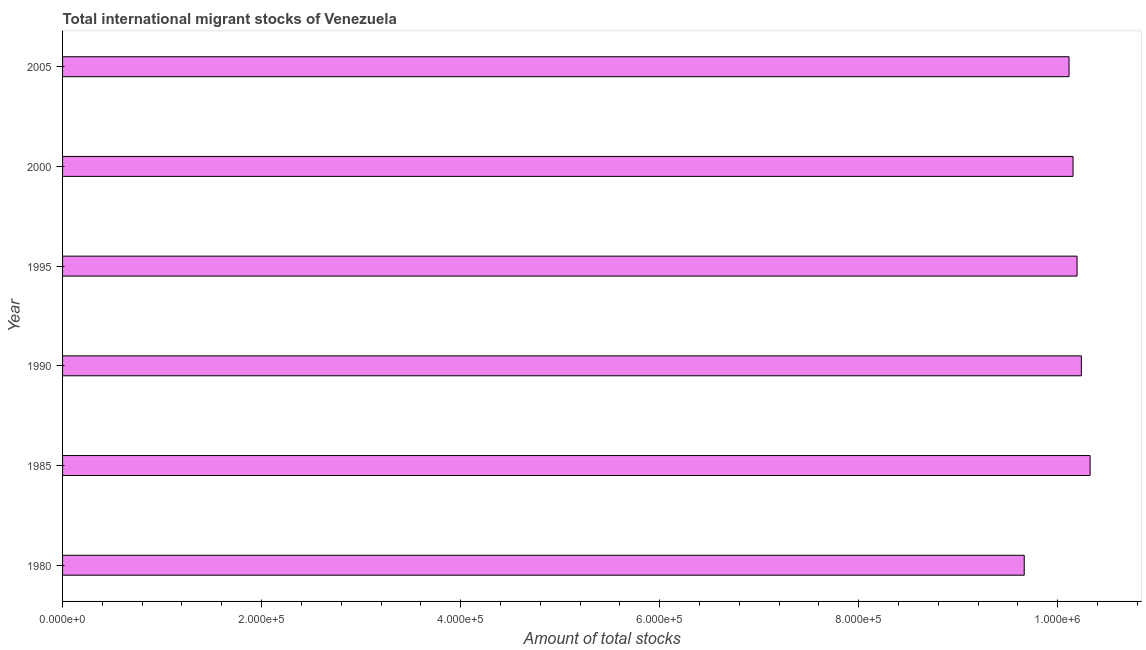
| Year | International migrant stock |
 | --- | --- |
 | 1980 | 9.66e+05 |
 | 1985 | 1.03e+06 |
 | 1990 | 1.02e+06 |
 | 1995 | 1.02e+06 |
 | 2000 | 1.02e+06 |
 | 2005 | 1.01e+06 |